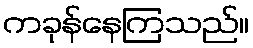
ကခုန်နေကြသည်။